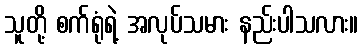
သူတို့ စက်ရုံရဲ့ အလုပ်သမား နည်းပါသလား။